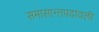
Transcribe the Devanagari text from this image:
समासान्तपदावली